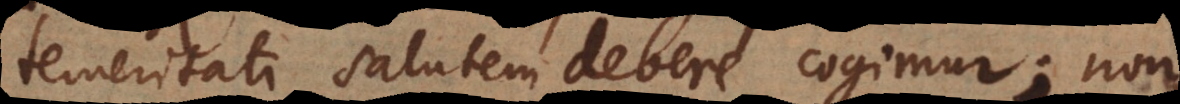
temeritati salutem debere cogimur; non